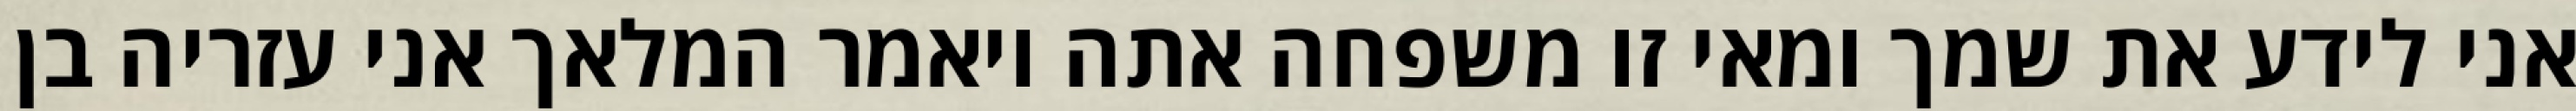
אני לידע את שמך ומאי זו משפחה אתה ויאמר המלאך אני עזריה בן